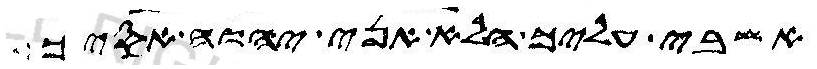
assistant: אשבי עליך הלא אני יהוה אסיך